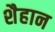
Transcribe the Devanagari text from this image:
शैहान